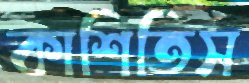
কাশিতিস